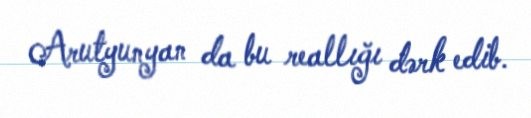
Arutyunyan da bu reallığı dərk edib.